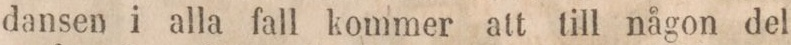
dansen i alla fall kommer att till någon del